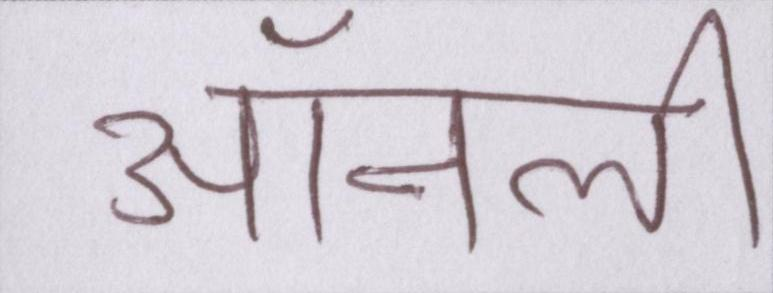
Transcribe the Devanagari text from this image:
ऑनली